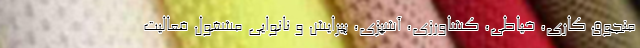
منجوق کاری، خیاطی، کشاورزی، آشپزی، پیرایش و نانوایی مشغول فعالیت